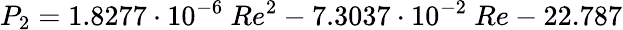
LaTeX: P_{2}=1.8277\cdot 10^{-6}\ Re^{2}-7.3037\cdot 10^{-2}\ Re-22.787